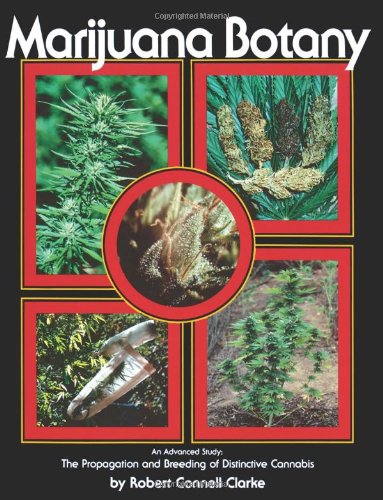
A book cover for Marijuana Botany: An Advanced Study: The Propagation and Breeding of Distinctive Cannabis; Robert Connell Clarke; Humor & Entertainment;